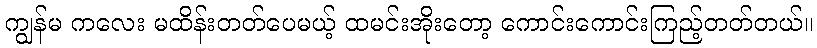
ကျွန်မ ကလေး မထိန်းတတ်ပေမယ့် ထမင်းအိုးတော့ ကောင်းကောင်းကြည့်တတ်တယ်။